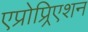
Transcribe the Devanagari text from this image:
एप्रोप्र्रिएशन